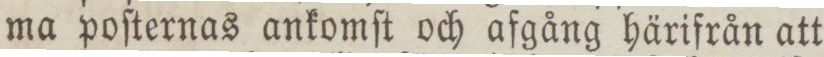
ma poſternas ankomſt och afgång härifrån att